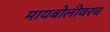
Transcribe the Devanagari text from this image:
मायबोलीवरच